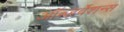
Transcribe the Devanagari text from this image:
ऑब्ज़र्वेशन्स